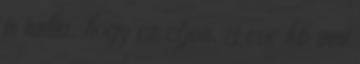
is tudta, hogy ez eljon. 3 eve kb inni